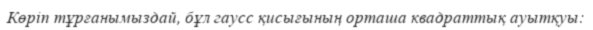
Көріп тұрғанымыздай, бұл гаусс қисығының орташа квадраттық ауытқуы: